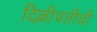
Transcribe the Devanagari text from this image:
दिल्लीपतीची